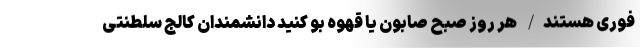
فوری هستند/ هر روز صبح صابون یا قهوه بو کنید دانشمندان کالج سلطنتی